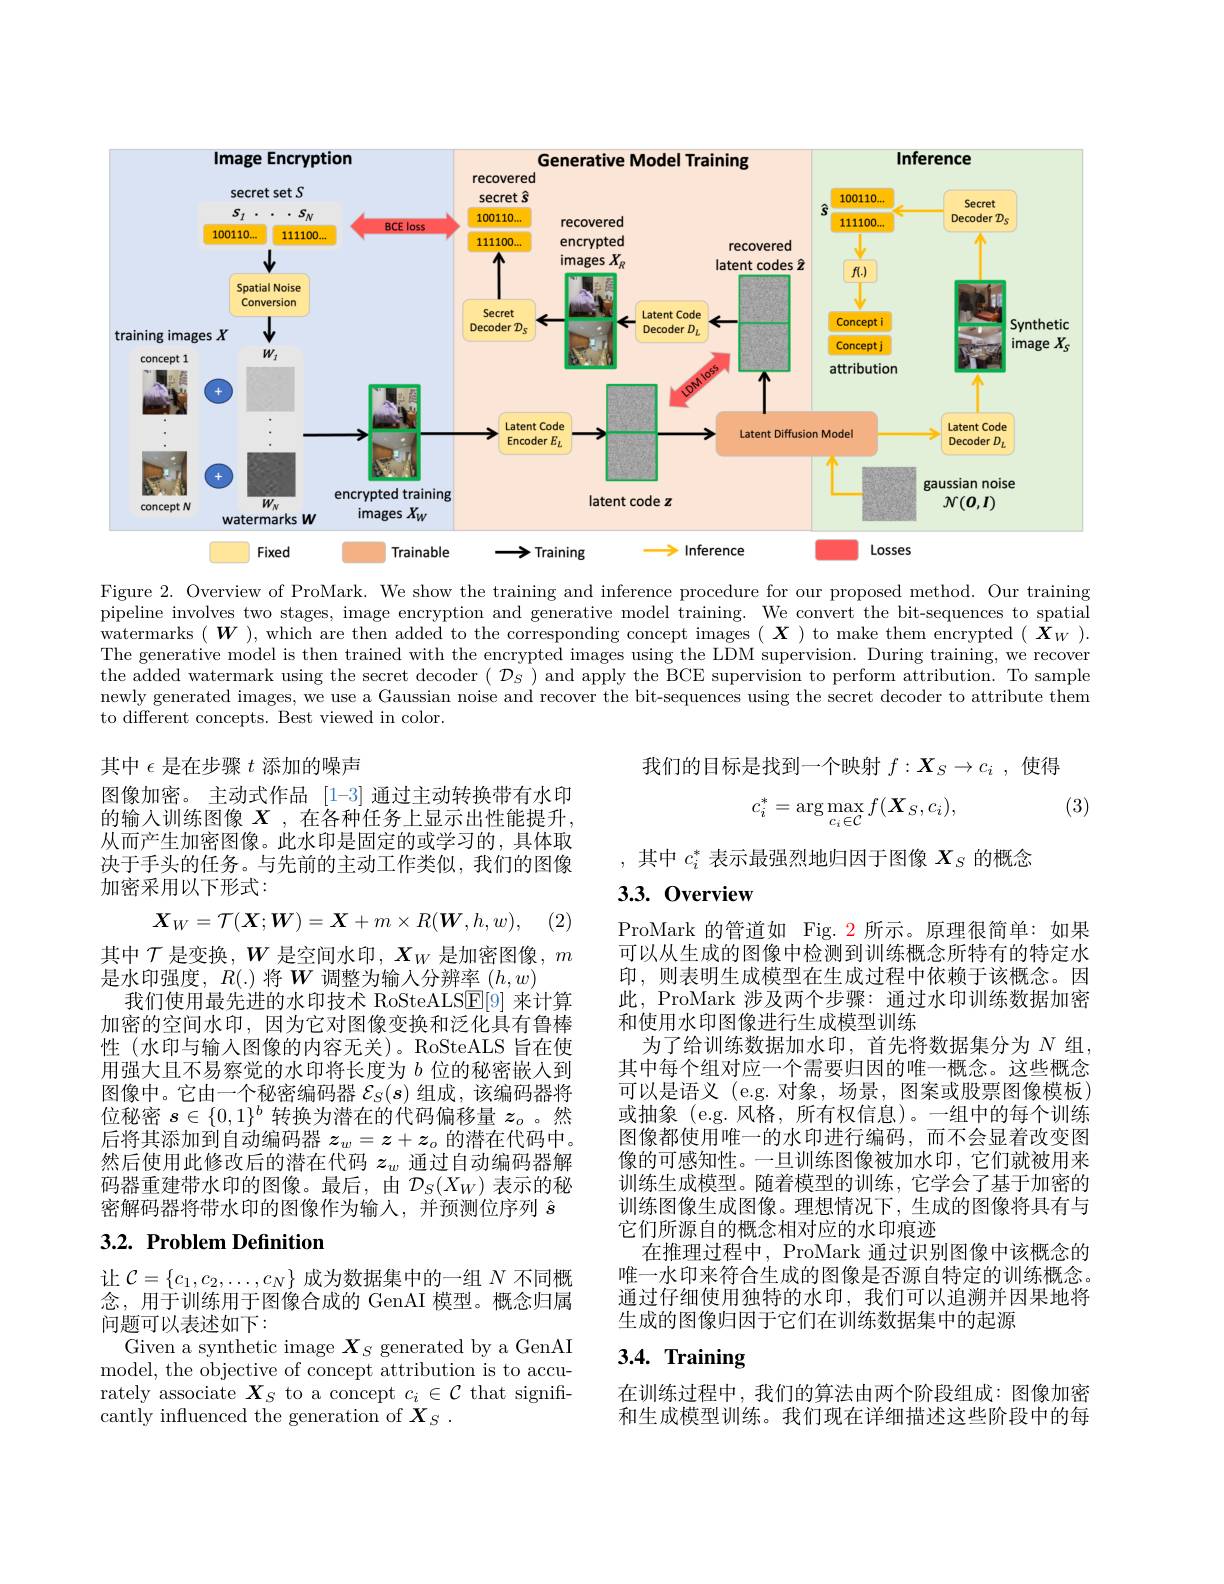
<FigureHere>

Figure 2. Overview of ProMark. We show the training and inference procedure for our proposed method. Our training pipeline involves two stages, image encryption and generative model training. We convert the bit-sequences to spatial watermarks $(\boldsymbol{W})$, which are then added to the corresponding concept images $(\boldsymbol{X})$ to make them encrypted $(\boldsymbol{X}_W).$ The generative model is then trained with the encrypted images using the LDM supervision. During training, we recover the added watermark using the secret decoder $(\mathcal{D}_S)$ and apply the BCE supervision to perform attribution. To sample newly generated images, we use a Gaussian noise and recover the bit-sequences using the secret decoder to attribute them to different concepts. Best viewed in color.

我们的目标是找到一个映射$f:\boldsymbol{X}_S\to c_i$ ,使得

(3)
$$c_i^*=\arg\max_{c_i\in\mathcal{C}}f(\boldsymbol{X}_S,c_i),$$
,其中$c_i^*$表示最强烈地归因于图像$X_S$的概念

# 3.3.0verview

(2)

其中$\epsilon$是在步骤$t$添加的噪声
图像加密。主动式作品 [1-3] 通过主动转换带有水印的输入训练图像$X$ ,在各种任务上显示出性能提升， 从而产生加密图像。此水印是固定的或学习的，具体取决于手头的任务。与先前的主动工作类似，我们的图像加密采用以下形式：
$$\boldsymbol{X}_W=\mathcal{T}(\boldsymbol{X};\boldsymbol{W})=\boldsymbol{X}+m\times R(\boldsymbol{W},h,w),$$
其中$\mathcal{T}$是变换，$W$是空间水印$,\boldsymbol X_W$是加密图像$,m$
是水印强度，$R(.)$将$W$调整为输入分辨率$(h,w)$
我们使用最先进的水印技术 RoSteALSE[9] 来计算加密的空间水印，因为它对图像变换和泛化具有鲁棒性(水印与输入图像的内容无关)。RoSteALS 旨在使用强大且不易察觉的水印将长度为$b$位的秘密嵌入到图像中。它由一个秘密编码器$\mathcal{E}_S(s)$组成，该编码器将位秘密$s\in\{0,1\}^b$转换为潜在的代码偏移量$z_o$ 。然后将其添加到自动编码器$z_w=z+z_o$的潜在代码中。然后使用此修改后的潜在代码$z_w$通过自动编码器解码器重建带水印的图像。最后，由$\mathcal{D}_S(X_W)$表示的秘密解码器将带水印的图像作为输入，并预测位序列$\hat{s}$

ProMark 的管道如 Fig. 2 所示。原理很简单：如果可以从生成的图像中检测到训练概念所特有的特定水印 ,则表明生成模型在生成过程中依赖于该概念。因此，ProMark 涉及两个步骤：通过水印训练数据加密和使用水印图像进行生成模型训练
为了给训练数据加水印，首先将数据集分为$N$组其中每个组对应一个需要归因的唯一概念。这些概念可以是语义 (e.g. 对象，场景，图案或股票图像模板) 或抽象 (e.g.风格，所有权信息)。一组中的每个训练图像都使用唯一的水印进行编码，而不会显着改变图像的可感知性。一旦训练图像被加水印，它们就被用来训练生成模型。随着模型的训练，它学会了基于加密的训练图像生成图像。理想情况下，生成的图像将具有与它们所源自的概念相对应的水印痕迹
在推理过程中，ProMark 通过识别图像中该概念的唯一水印来符合生成的图像是否源自特定的训练概念。通过仔细使用独特的水印，我们可以追溯并因果地将生成的图像归因于它们在训练数据集中的起源

## 3.2. Problem Definition

让$\mathcal{C}=\{c_1,c_2,\ldots,c_N\}$成为数据集中的一组$N$不同概念，用于训练用于图像合成的 GenAI 模型。概念归属问题可以表述如下：
Given a synthetic image $\boldsymbol X_S$ generated by a GenAI model, the objective of concept attribution is to accurately associate $X_S$ to a concept $c_i\in\mathcal{C}$ that significantly influenced the generation of $X_S$ .

# $3. 4. \textbf{ Training}$

在训练过程中，我们的算法由两个阶段组成：图像加密和生成模型训练。我们现在详细描述这些阶段中的每